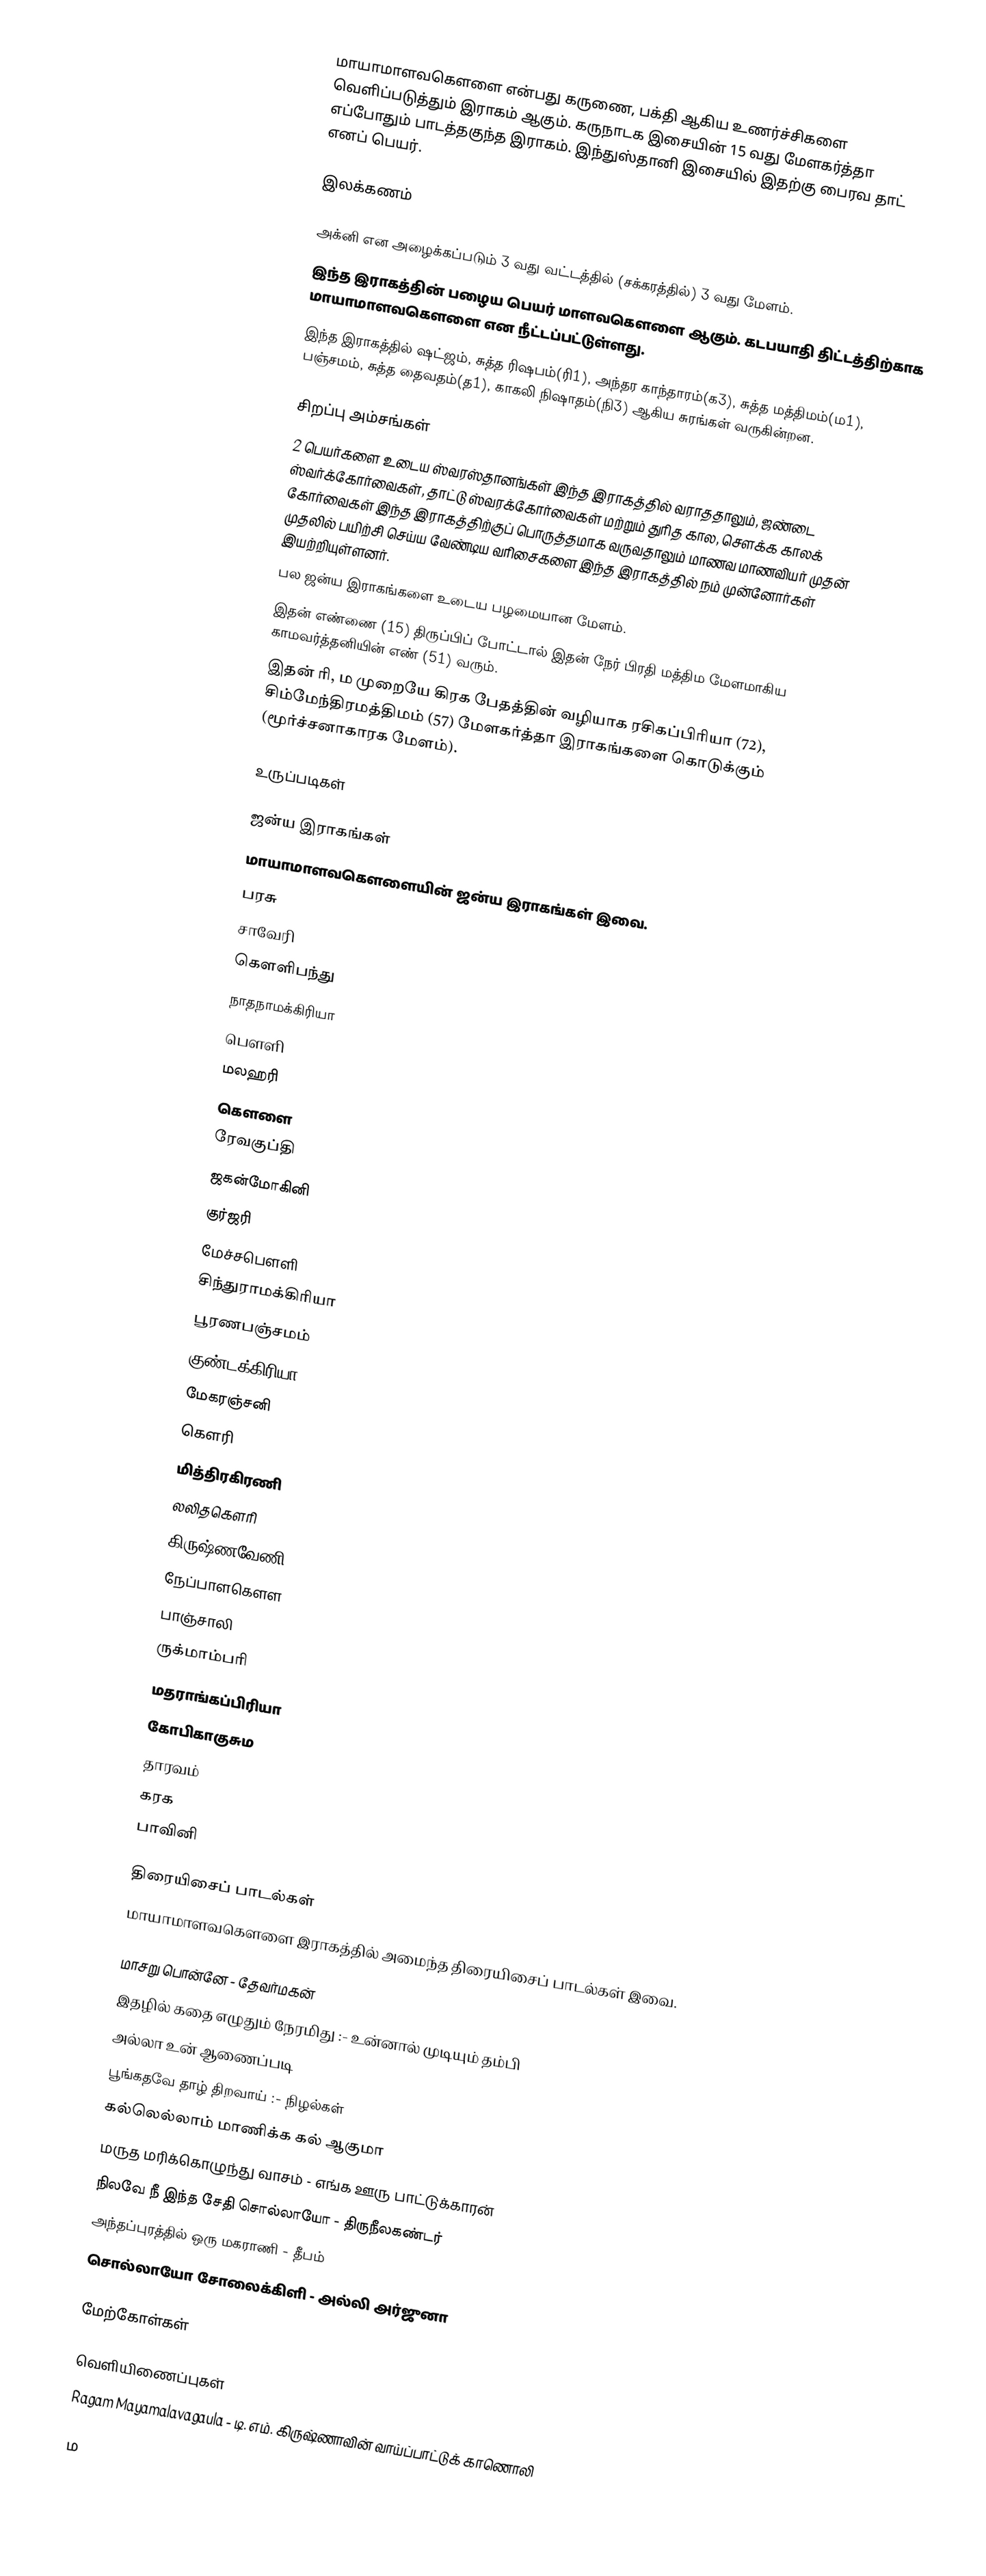
மாயாமாளவகௌளை என்பது கருணை, பக்தி ஆகிய உணர்ச்சிகளை வெளிப்படுத்தும் இராகம் ஆகும். கருநாடக இசையின் 15 வது மேளகர்த்தா எப்போதும் பாடத்தகுந்த இராகம். இந்துஸ்தானி இசையில் இதற்கு பைரவ தாட் எனப் பெயர்.

இலக்கணம்

 அக்னி என அழைக்கப்படும் 3 வது வட்டத்தில் (சக்கரத்தில்) 3 வது மேளம்.
 இந்த இராகத்தின் பழைய பெயர் மாளவகௌளை ஆகும். கடபயாதி திட்டத்திற்காக மாயாமாளவகௌளை என நீட்டப்பட்டுள்ளது.
 இந்த இராகத்தில் ஷட்ஜம், சுத்த ரிஷபம்(ரி1), அந்தர காந்தாரம்(க3), சுத்த மத்திமம்(ம1), பஞ்சமம், சுத்த தைவதம்(த1), காகலி நிஷாதம்(நி3) ஆகிய சுரங்கள் வருகின்றன.

சிறப்பு அம்சங்கள்
 2 பெயர்களை உடைய ஸ்வரஸ்தானங்கள் இந்த இராகத்தில் வராததாலும், ஜண்டை ஸ்வர்க்கோர்வைகள், தாட்டு ஸ்வரக்கோர்வைகள் மற்றும் துரித கால, சௌக்க காலக் கோர்வைகள் இந்த இராகத்திற்குப் பொருத்தமாக வருவதாலும் மாணவ மாணவியர் முதன் முதலில் பயிற்சி செய்ய வேண்டிய வரிசைகளை இந்த இராகத்தில் நம் முன்னோர்கள் இயற்றியுள்ளனர்.
 பல ஜன்ய இராகங்களை உடைய பழமையான மேளம்.
 இதன் எண்ணை (15) திருப்பிப் போட்டால்  இதன் நேர் பிரதி மத்திம மேளமாகிய காமவர்த்தனியின் எண் (51) வரும்.
 இதன் ரி, ம முறையே கிரக பேதத்தின் வழியாக ரசிகப்பிரியா (72), சிம்மேந்திரமத்திமம் (57) மேளகர்த்தா இராகங்களை கொடுக்கும் (மூர்ச்சனாகாரக மேளம்).

உருப்படிகள்

ஜன்ய இராகங்கள்
மாயாமாளவகௌளையின் ஜன்ய இராகங்கள் இவை.
 பரசு
 சாவேரி
 கௌளிபந்து
 நாதநாமக்கிரியா
 பௌளி
 மலஹரி
 கௌளை
 ரேவகுப்தி
 ஜகன்மோகினி
 குர்ஜரி
 மேச்சபௌளி
 சிந்துராமக்கிரியா
 பூரணபஞ்சமம்
 குண்டக்கிரியா
 மேகரஞ்சனி
 கௌரி
 மித்திரகிரணி
 லலிதகௌரி
 கிருஷ்ணவேணி
 நேப்பாளகௌள
 பாஞ்சாலி
 ருக்மாம்பரி
 மதராங்கப்பிரியா
 கோபிகாகுசும
 தாரவம்
 கரக
 பாவினி

திரையிசைப் பாடல்கள்
மாயாமாளவகௌளை இராகத்தில் அமைந்த திரையிசைப் பாடல்கள் இவை.

 மாசறு பொன்னே - தேவர்மகன்
 இதழில் கதை எழுதும் நேரமிது :- உன்னால் முடியும் தம்பி
 அல்லா உன் ஆணைப்படி
 பூங்கதவே தாழ் திறவாய் :- நிழல்கள்
 கல்லெல்லாம் மாணிக்க கல் ஆகுமா
 மருத மரிக்கொழுந்து வாசம் - எங்க ஊரு பாட்டுக்காரன்
 நிலவே நீ இந்த சேதி சொல்லாயோ - திருநீலகண்டர்
 அந்தப்புரத்தில் ஒரு மகராணி - தீபம்
 சொல்லாயோ சோலைக்கிளி - அல்லி அர்ஜுனா

மேற்கோள்கள்

வெளியிணைப்புகள்
 Ragam Mayamalavagaula - டி. எம். கிருஷ்ணாவின் வாய்ப்பாட்டுக் காணொலி

ம